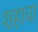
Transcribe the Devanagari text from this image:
शहाचा